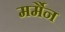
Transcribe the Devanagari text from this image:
मर्मैन